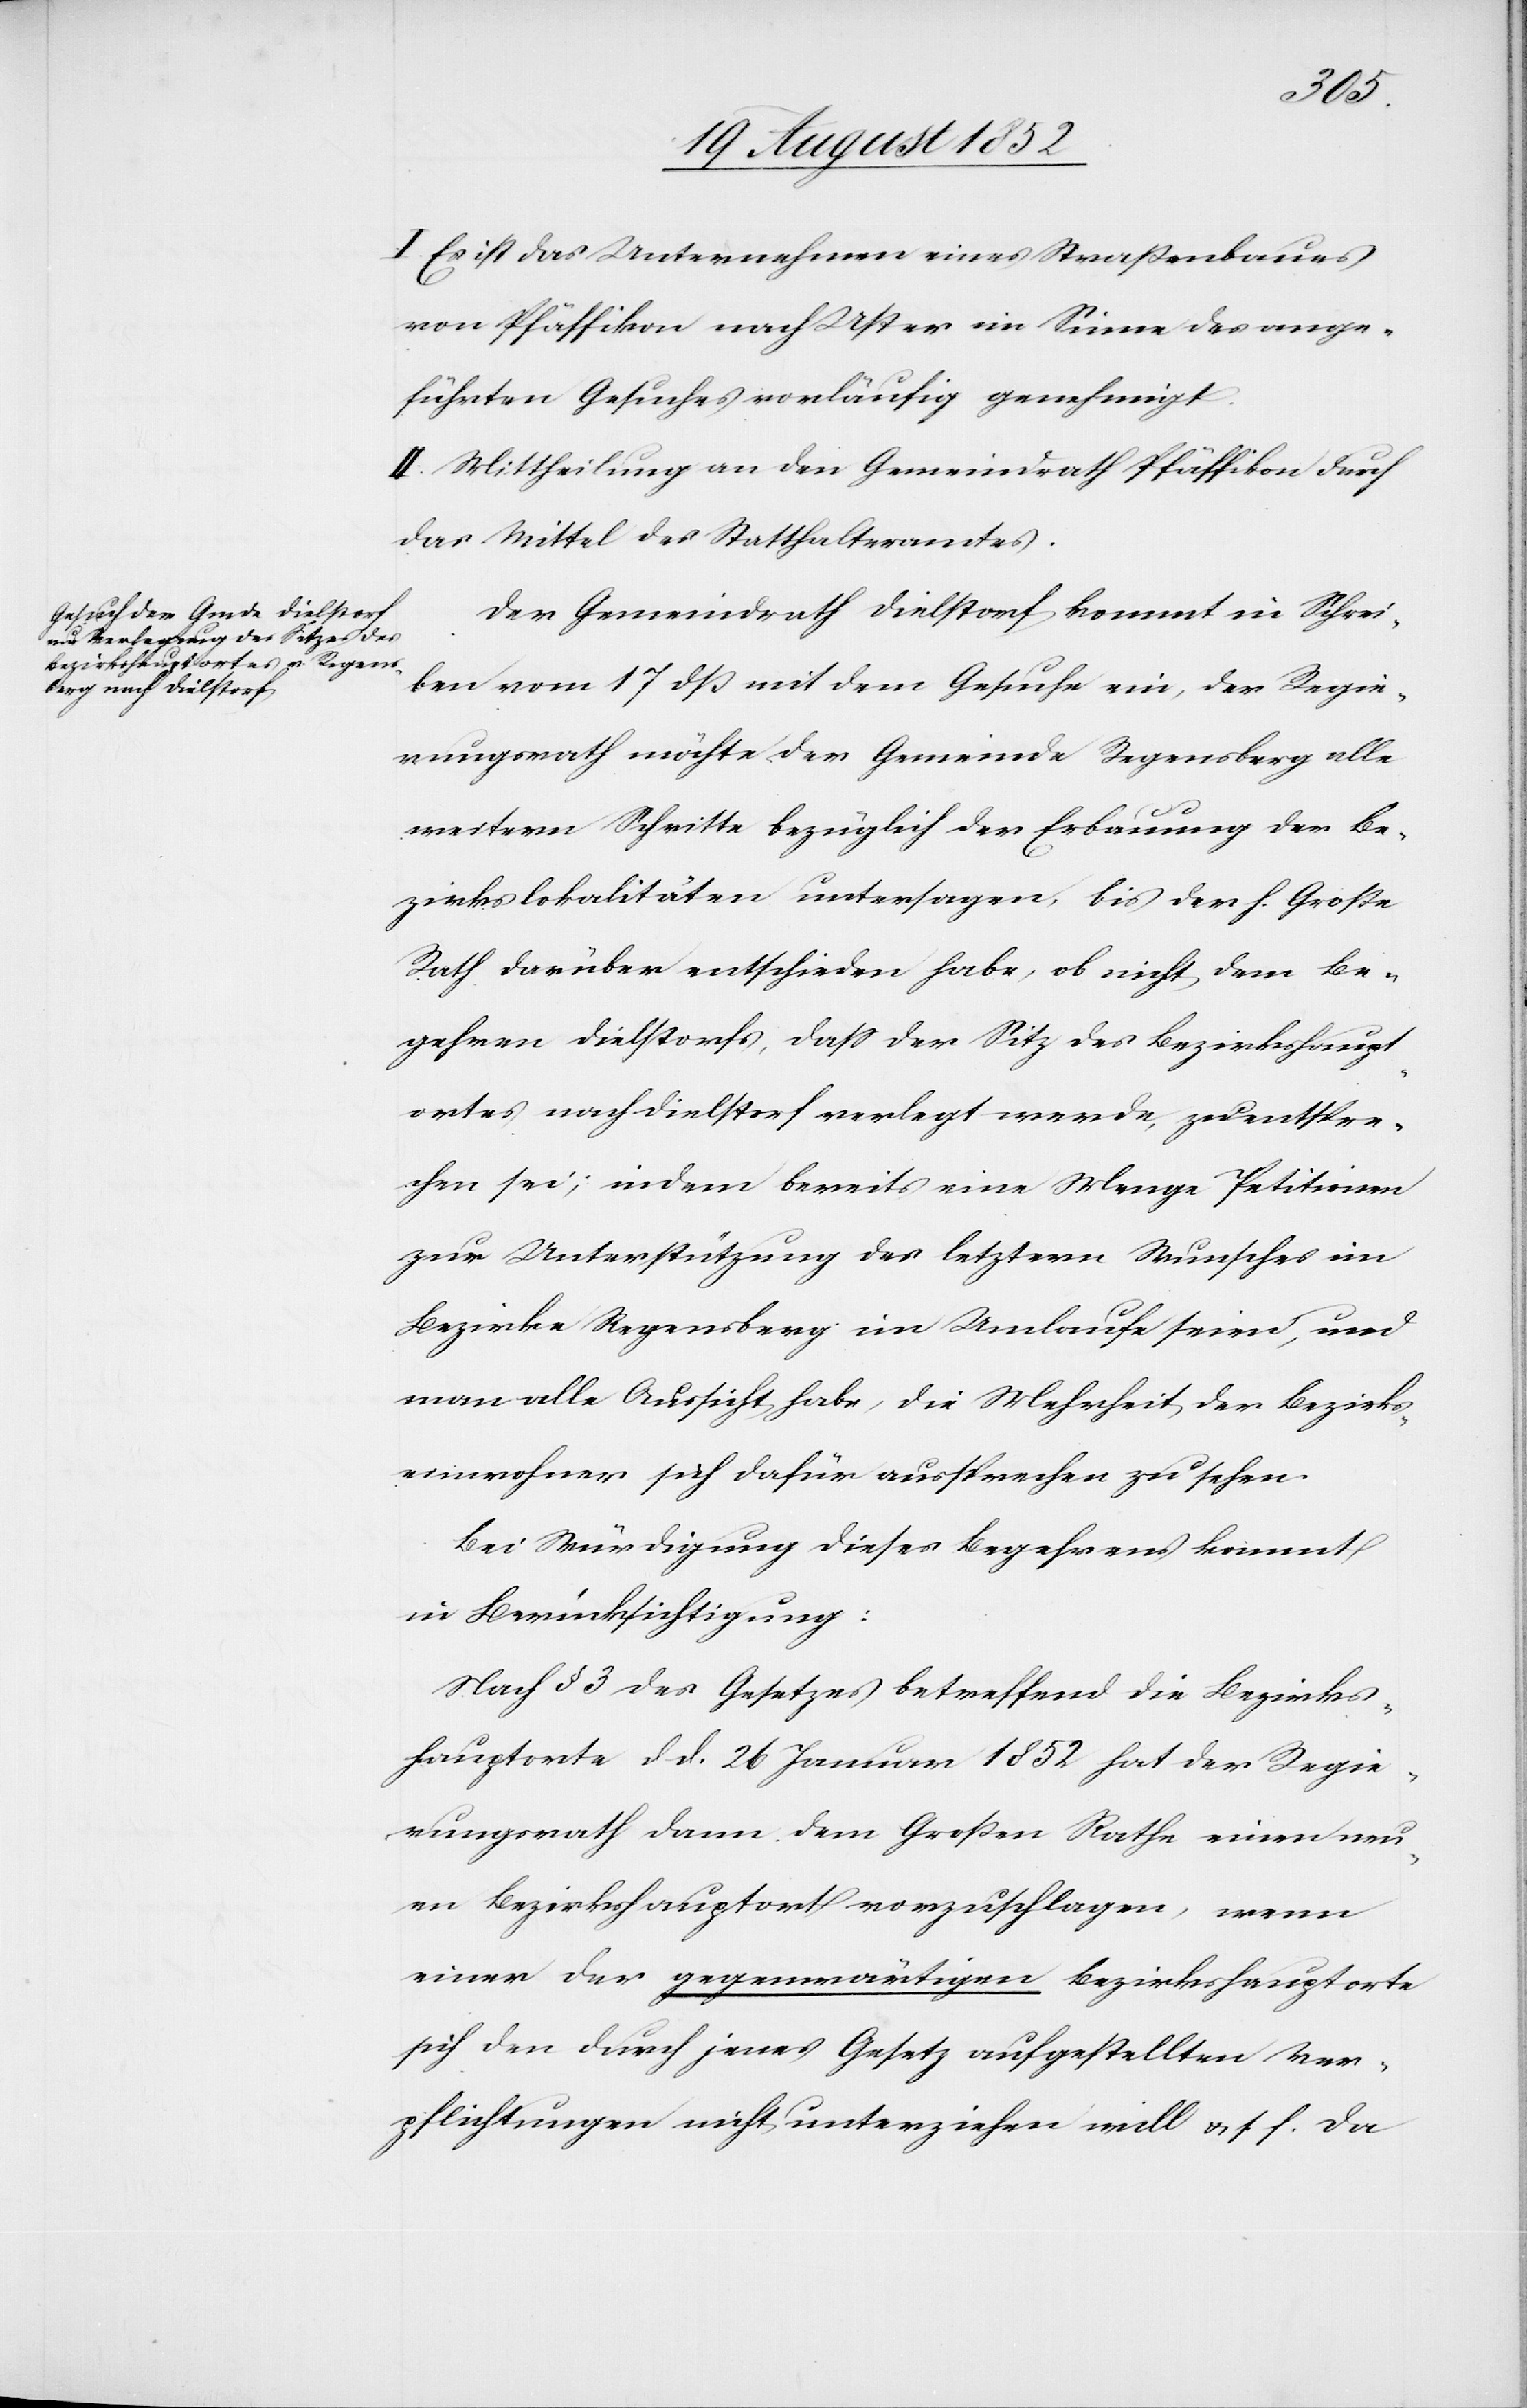
I. Es ist das Unternehmen eines Straßenbaues
von Pfäffikon nach Uster im Sinne des ange¬
führten Gesuches vorläufig genehmigt.
II. Mittheilung an den Gemeindrath Pfäffikon durch
das Mittel des Statthalteramtes.
Der Gemeindrath Dielstorf kommt in Schrei¬
ben vom 17 dß mit dem Gesuche ein, der Regie¬
rungsrath möchte der Gemeinde Regensberg alle
weitern Schritte bezüglich der Erbauung der Be¬
zirkslokalitäten untersagen, bis der h. Große
Rath darüber entschieden habe, ob nicht dem Be¬
gehren Dielstorfs, dass der Sitz des Bezirkshaupt¬
ortes nach Dielstorf verlegt werde, zu entspre¬
chen sei; indem bereits eine Menge Petitionen
zur Unterstützung des letztern Wunsches im
Bezirke Regensberg im Umlaufe seien, und
man alle Aussicht habe, die Mehrheit der Bezirks¬
einwohner sich dafür aussprechen zu sehen.
Bei Würdigung dieses Begehrens kommt
in Berücksichtigung:
Nach § 3 des Gesetzes betreffend die Bezirks¬
hauptorte d d. 26 Januar 1852 hat der Regie¬
rungsrath dann dem Großen Rathe einen neu¬
en Bezirkshauptort vorzuschlagen, wenn
einer der gegenwärtigen Bezirkshauptorte
sich den durch jenes Gesetz aufgestellten Ver¬
pflichtungen nicht unterziehen will & s. f. Da